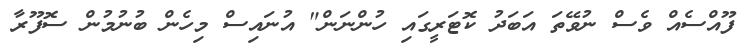
ފޫއްސެއް ވެސް ނުވޭތަ އަބަދު ކޮޓަރީގައި ހުންނަން" އުނައިސް މިހެން ބުނުމުން ސޮފޫރާ